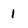
Character: i